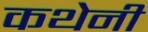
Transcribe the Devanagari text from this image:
कथेनी